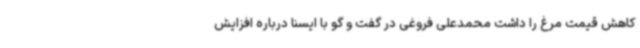
کاهش قیمت مرغ را داشت محمدعلی فروغی در گفت و گو با ایسنا درباره افزایش